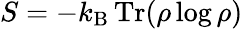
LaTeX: S=-k_{\mathrm{B}}\operatorname{Tr}(\rho\log\rho)